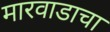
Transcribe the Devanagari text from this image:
मारवाडाचा